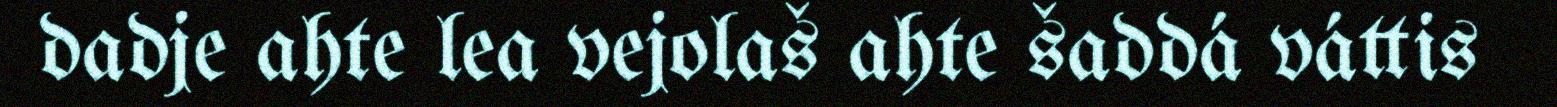
dadje ahte lea vejolaš ahte šaddá váttis